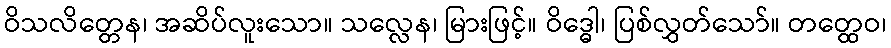
ဝိသလိတ္တေန၊ အဆိပ်လူးသော။ သလ္လေန၊ မြားဖြင့်။ ဝိဒ္ဓေါ၊ ပြစ်လွှတ်သော်။ တတ္ထေဝ၊